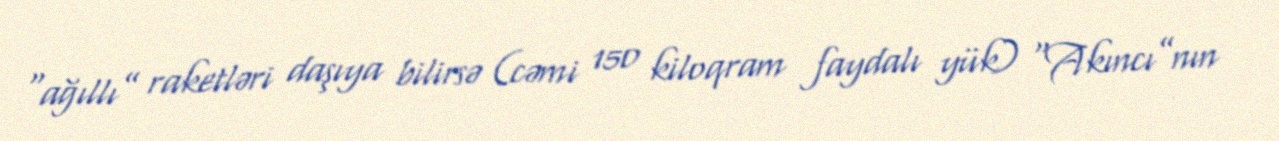
“ağıllı” raketləri daşıya bilirsə (cəmi 150 kiloqram faydalı yük) “Akıncı”nın